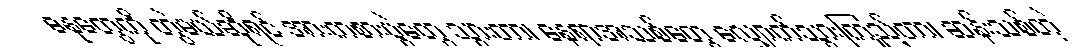
ဓနုတွေကို တွဲမယ်ဆိုရင် အားကစားပွဲတွေ သွားတာ၊ နေရာအသစ်တွေ လျှောက်သွားကြည့်တာ၊ ဆန်းသစ်တဲ့